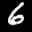
Label: 6